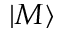
\left| M \right>